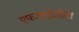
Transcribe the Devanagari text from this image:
एफआईजीसी